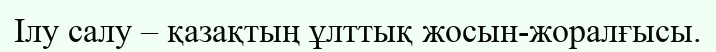
Ілу салу – қазақтың ұлттық жосын-жоралғысы.